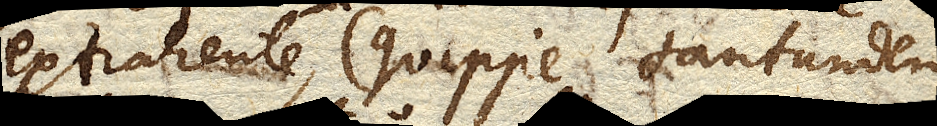
extrahente, (quippe tantundem